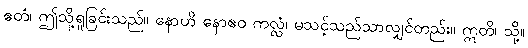
ဧတံ၊ ဤသို့ရှုခြင်းသည်။ နောဟိ နောဧဝ ကလ္လံ၊ မသင့်သည်သာလျှင်တည်း။ ဣတိ၊ သို့။